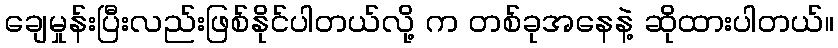
ချေမှုန်းပြီးလည်းဖြစ်နိုင်ပါတယ်လို့ က တစ်ခုအနေနဲ့ ဆိုထားပါတယ်။